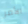
الأمر